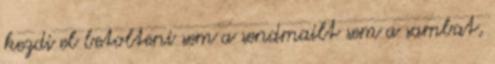
kezdi el betolteni sem a sendmailt sem a sambat,